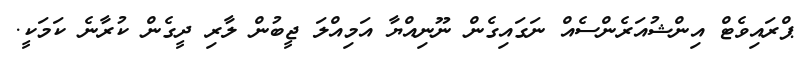
ޕްރައިވެޓް އިންޝުއަރެންސެއް ނަގައިގެން ނޫނިއްޔާ އަމިއްލަ ޖީބުން ލާރި ދީގެން ކުރާނެ ކަމަކީ.